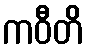
ကဝီတိ